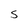
Character: S